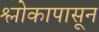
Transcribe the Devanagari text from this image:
श्लोकापासून